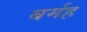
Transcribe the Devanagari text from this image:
बर्मह